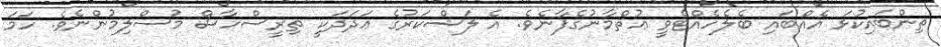
ތިންބައިކުޅަ އެއްބައި ބެލެހެއްޓެވީ ޢުޘްމާނުގެފާނެވެ. އެ ލަޝްކަރުގެ ޢަދަދަކީ ތިރީސްހާސް މުސްލިމުންނެވެ. ހަމަ